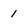
Character: 1